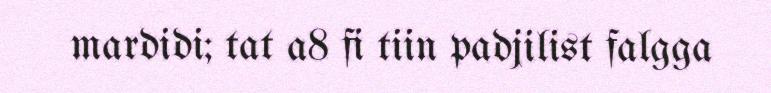
mardidi; tat a8 fi tiin padjilist falgga